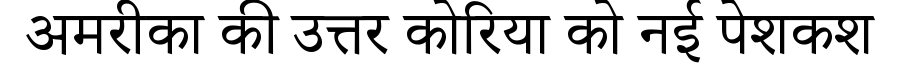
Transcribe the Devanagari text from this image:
अमरीका की उत्तर कोरिया को नई पेशकश